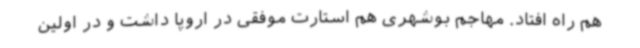
هم راه افتاد. مهاجم بوشهری هم استارت موفقی در اروپا داشت و در اولین